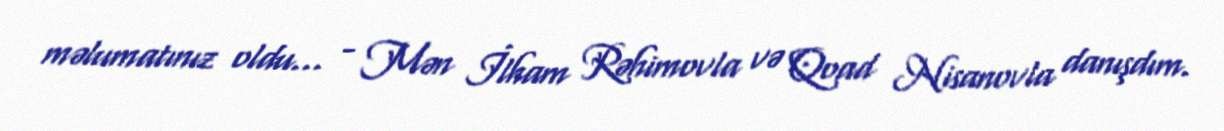
məlumatınız oldu... - Mən İlham Rəhimovla və Qoad Nisanovla danışdım.